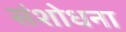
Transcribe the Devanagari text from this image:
संशोधना